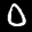
Label: 0